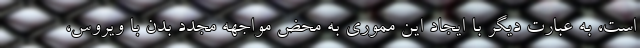
است، به عبارت دیگر با ایجاد این مموری به محض مواجهه مجدد بدن با ویروس،